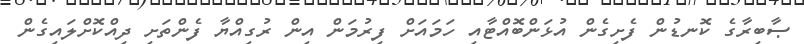
ޞާބިރާގެ ކޮނޑުން ފެށިގެން އުޅަންބޮއްޓާއި ހަމައަށް ފިރުމަން އިން ރުގިއްޔާ ފެންތަށި ދިއްކޮށްލައިގެން